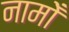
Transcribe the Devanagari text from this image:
नामोँ